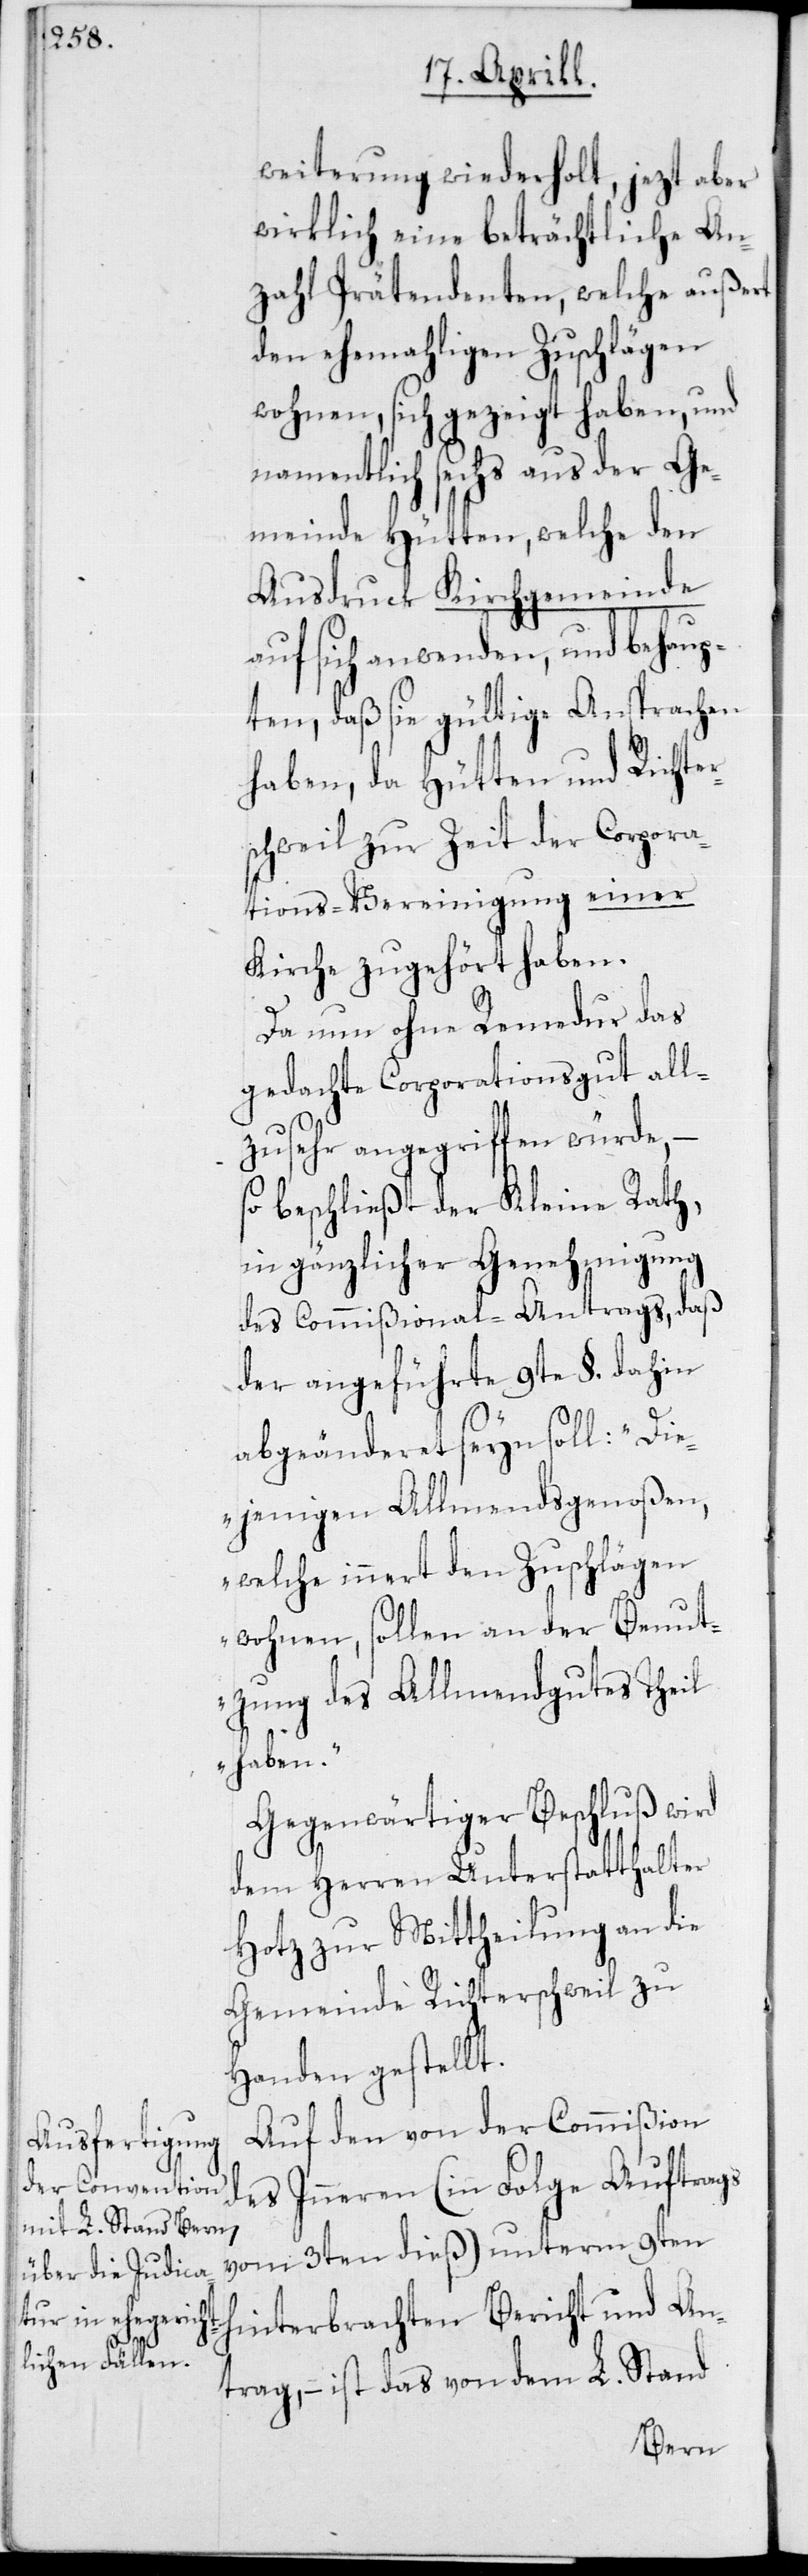
weiterung wiederholt, jezt aber
wirklich eine beträchtliche An¬
zahl Prätendenten, welche außert
wohnen, sich gezeigt haben und
namentlich sechs aus der Ge¬
meinde Hütten, welche den
Ausdruck Kirchgemeinde
auf sich anwenden, und behaup¬
ten, daß sie gültige Ansprachen
haben, da Hütten und Richte¬
rschweil zur Zeit der Corpora¬
tions-Vereinigung einer
Kirche zugehört haben.
Da nun ohne Remedur das
gedachte Corporationsgut all¬
zu sehr angegriffen würde, –
beschließt der Kleine Rath,
in gänzlicher Genehmigung
des Commißional-Antrags, daß
der angeführte 9te §. dahin
abgeänderet seyn soll: „Die¬
jenigen Allmendsgenoßen,
welche innert den Zuschlägen
wohnen, sollen an der Benut¬
zung des Allmendgutes Theil
haben.“
Gegenwärtiger Beschluß wird
dem Herren Unterstatthalter
Hotz zur Mittheilung an die
Gemeinde Richterschweil zu
Handen gestellt.
Auf den von der Commißion
des Inneren (in Folge Auftrags
vom 3ten dieß) unterm 9ten
hinterbrachten Bericht und An¬
trag, – ist das von dem L. Stand